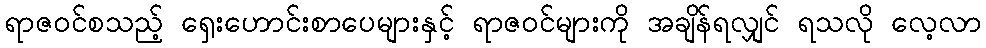
ရာဇဝင်စသည့် ရှေးဟောင်းစာပေများနှင့် ရာဇဝင်များကို အချိန်ရလျှင် ရသလို လေ့လာ